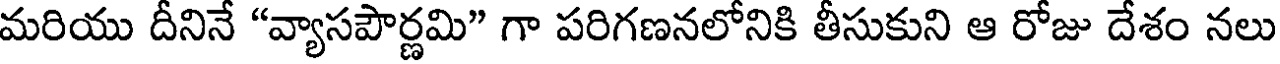
మరియు దీనినే "వ్యాసపౌర్ణమి" గా పరిగణనలోనికి తీసుకుని ఆ రోజు దేశం నలు